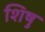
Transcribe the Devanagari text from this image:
शिषु